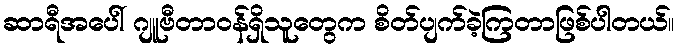
ဆာရီအပေါ် ဂျူဗီတာဝန်ရှိသူတွေက စိတ်ပျက်ခဲ့ကြတာဖြစ်ပါတယ်။